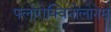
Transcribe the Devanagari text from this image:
फ्लोरोक्विनोलोनेस